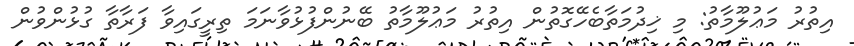
އިތުރު މަޢުލޫމާތު: މި ޚިދުމަތާބެހޭގޮތުން އިތުރު މަޢުލޫމާތު ބޭނުންފުޅުވާނަމަ ތިރީގައިވާ ފަރާތާ ގުޅުންވުން